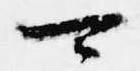
可